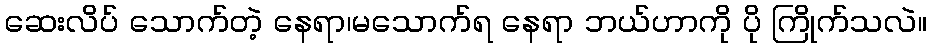
ဆေးလိပ် သောက်တဲ့ နေရာ၊မသောက်ရ နေရာ ဘယ်ဟာကို ပို ကြိုက်သလဲ။